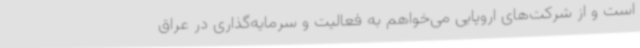
است و از شرکت‌های اروپایی می‌خواهم به فعالیت و سرمایه‌گذاری در عراق